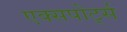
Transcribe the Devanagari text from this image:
एक्सपोर्ट्स